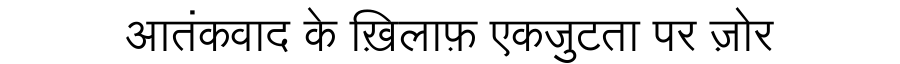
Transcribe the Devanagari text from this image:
आतंकवाद के ख़िलाफ़ एकजुटता पर ज़ोर